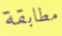
مطابقة